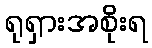
ရုရှားအစိုးရ